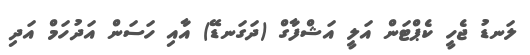
ލަނޑު ޖެހީ ކެޕްޓަން އަލީ އަޝްފާގް (ދަގަނޑޭ) އާއި ހަސަން އަދުހަމް އަދި